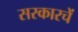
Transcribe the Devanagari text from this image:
सरकारचें